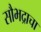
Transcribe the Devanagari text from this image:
सौभद्राचा